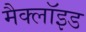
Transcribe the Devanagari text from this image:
मैक्लॉइड